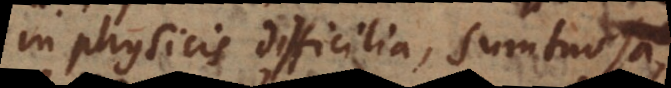
in physicis difficilia, sumtuosa,